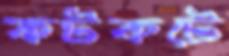
কটকটে